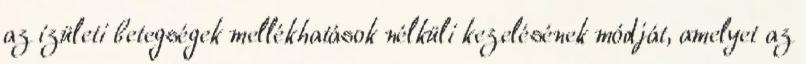
az ízületi betegségek mellékhatások nélküli kezelésének módját, amelyet az